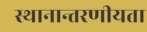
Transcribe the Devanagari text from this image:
स्थानान्तरणीयता